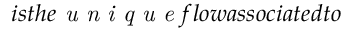
i s t h e \emph { u n i q u e } f l o w a s s o c i a t e d t o